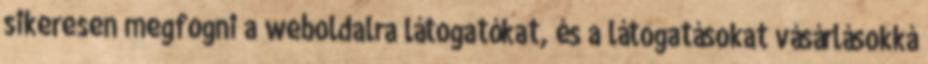
sikeresen megfogni a weboldalra látogatókat, és a látogatásokat vásárlásokká